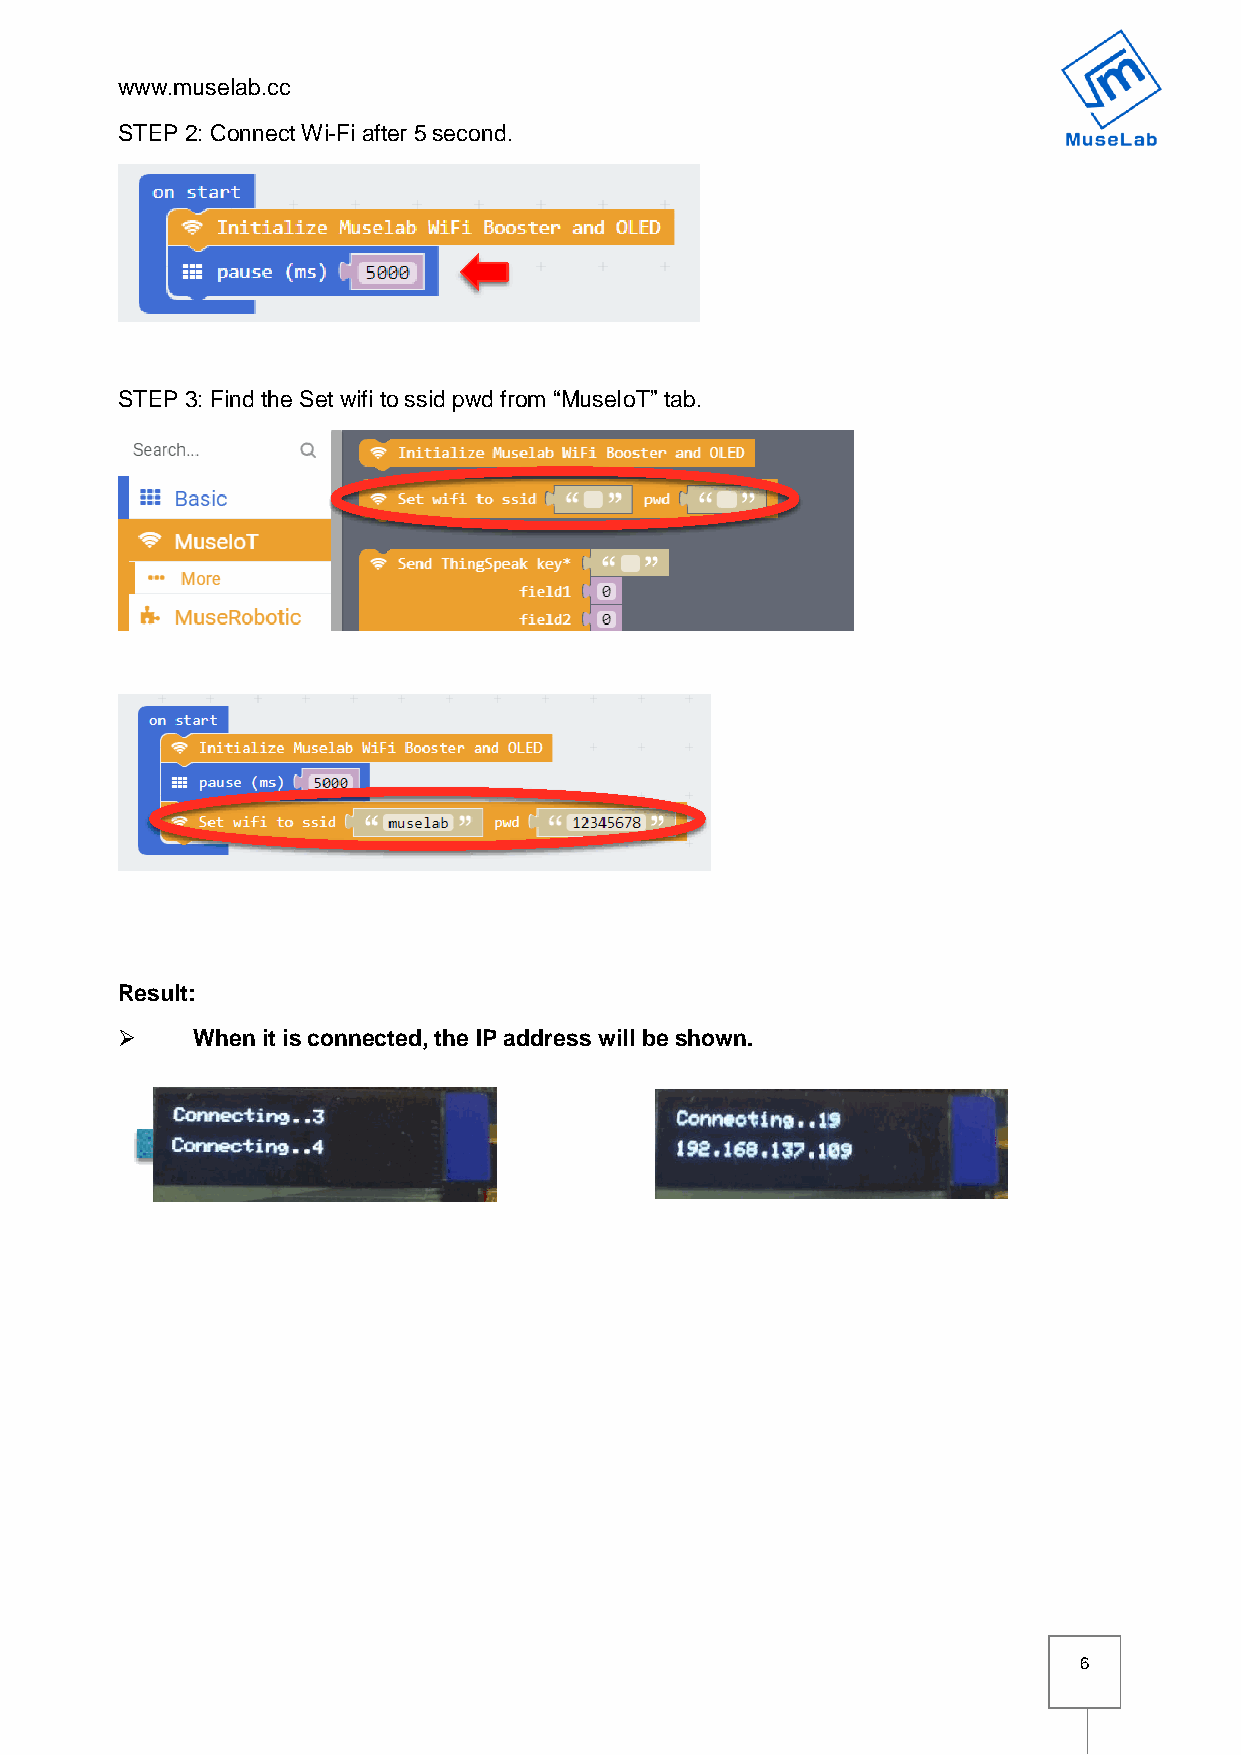
www.muselab.cc
 STEP 2: Connect Wi-Fi after 5 second.
 STEP 3: Find the Set wifi to ssid pwd from “MuseIoT” tab.
 Result:
 ➢    When it is connected, the IP address will be shown.
 6